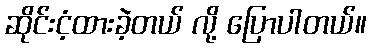
ဆိုင်းငံ့ထားခဲ့တယ် လို့ ပြောပါတယ်။